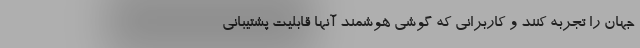
جهان را تجربه کنند و کاربرانی که گوشی هوشمند آنها قابلیت پشتیبانی